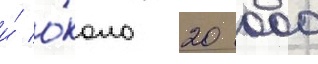
и́ о́коло 20 000